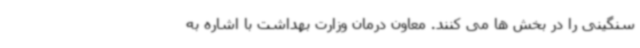
سنگینی را در بخش ها می کنند. معاون درمان وزارت بهداشت با اشاره به